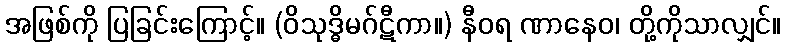
အဖြစ်ကို ပြခြင်းကြောင့်။ (ဝိသုဒ္ဓိမဂ်ဋီကာ။) နီဝရ ဏာနေဝ၊ တို့ကိုသာလျှင်။